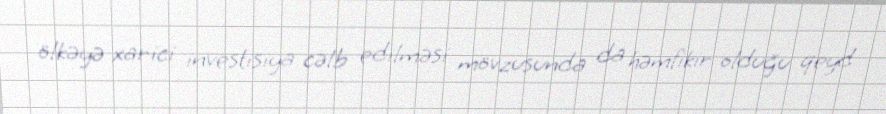
ölkəyə xarici investisiya cəlb edilməsi mövzusunda da həmfikir olduğu qeyd